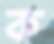
ক